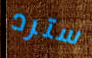
سترد